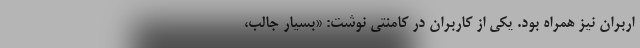
اربران نیز همراه بود. یکی از کاربران در کامنتی نوشت: «بسیار جالب،